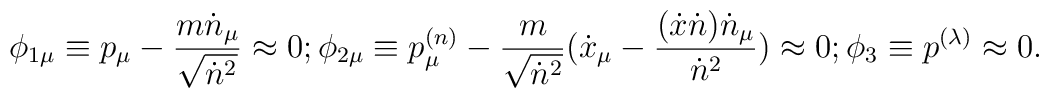
\phi_{1\mu} \equiv p_\mu -{{m\dot n_\mu}\over {\sqrt{\dot n^2}}}\approx 0;\\\nonumber\phi_{2\mu} \equiv p^{(n)}_\mu - {m\over {\sqrt{\dot n^2}}}({\dot x}_\mu - {{(\dot x\dot n){\dot n}_\mu}\over {{\dot n}^2}})\approx 0;\phi_3 \equiv p^{(\lambda)} \approx 0.